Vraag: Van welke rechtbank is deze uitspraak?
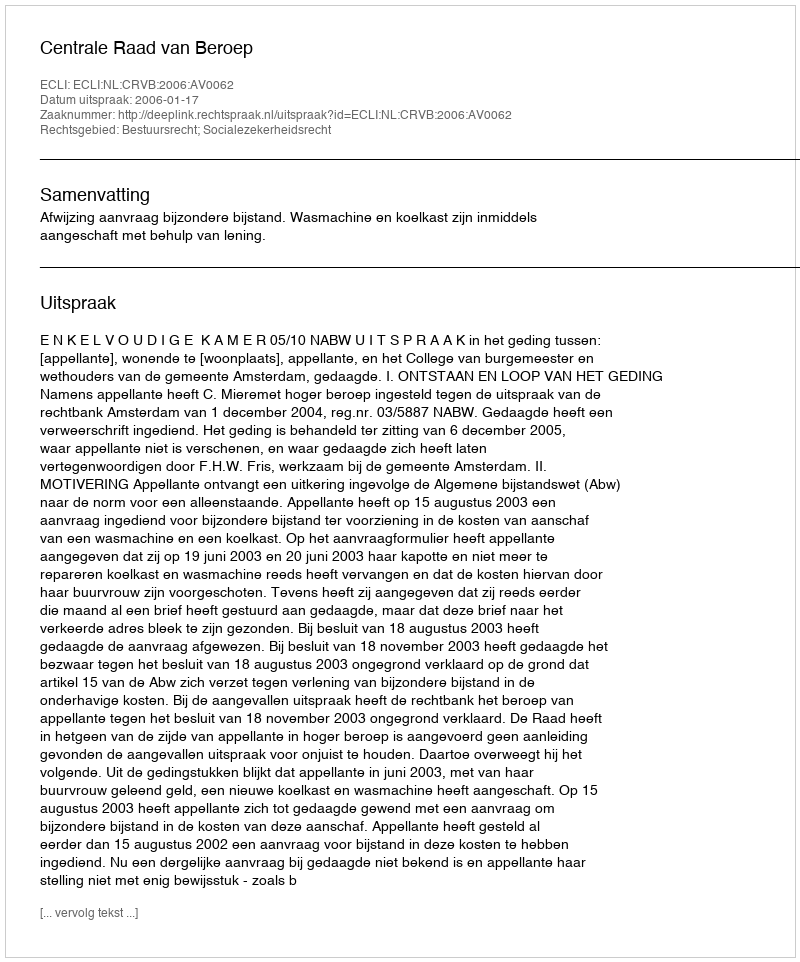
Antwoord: Centrale Raad van Beroep